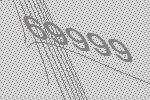
69999